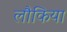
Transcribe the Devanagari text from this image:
लौकिया